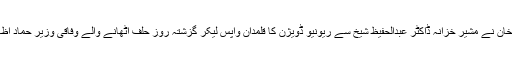
وزیرا عظم عمران خان نے مشیر خزانہ ڈاکٹر عبدالحفیظ شیخ سے ریونیو ڈویژن کا قلمدان واپس لیکر گزشتہ روز حلف اٹھانے والے وفاقی وزیر حماد اظہر کے سپرد کردیا۔